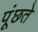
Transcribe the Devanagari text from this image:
पूंछते